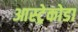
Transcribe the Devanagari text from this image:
आस्ट्रेकोडा